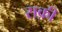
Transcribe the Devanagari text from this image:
राक़ी